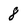
Character: 8